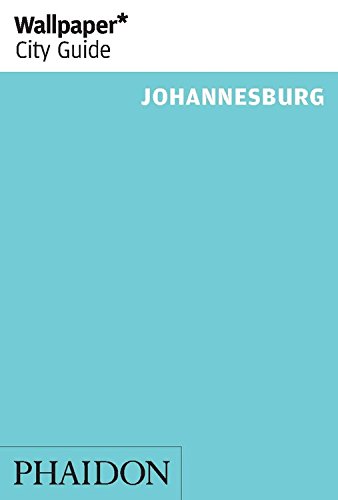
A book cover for Wallpaper* City Guide Johannesburg 2014 (Wallpaper City Guides); Travel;